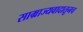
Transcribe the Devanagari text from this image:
साम्राज्यवादातूनच